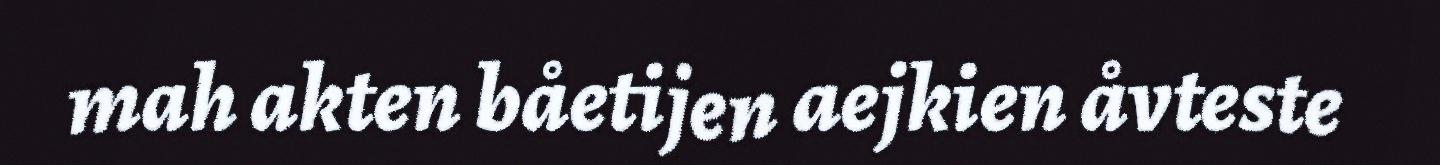
mah akten båetijen aejkien åvteste